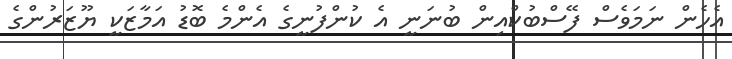
އެހެން ނަަމަވެސް ފޭސްބުކްއިން ބުނަނީ އެ ކުންފުނީގެ އެންމެ ބޮޑު އަމާޒަކީ ޔޫޒަރުންގެ